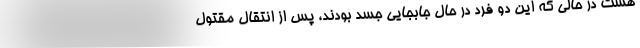
هست در حالی که این دو فرد در حال جابجایی جسد بودند، پس از انتقال مقتول